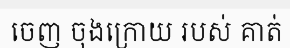
ចេញ ចុងក្រោយ របស់ គាត់